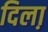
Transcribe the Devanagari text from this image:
दिला़